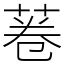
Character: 菤